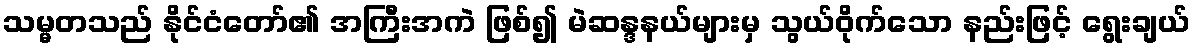
သမ္မတသည် နိုင်ငံတော်၏ အကြီးအကဲ ဖြစ်၍ မဲဆန္ဒနယ်များမှ သွယ်ဝိုက်သော နည်းဖြင့် ရွေးချယ်